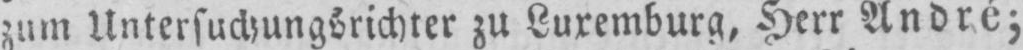
zum Untersuchungsrichter zu Luxemburg, Herr André;